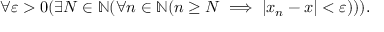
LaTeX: \forall \varepsilon > 0 ( \exists N \in \mathbb { N } ( \forall n \in \mathbb { N } ( n \geq N \implies | x _ { n } - x | < \varepsilon ) ) ) .